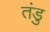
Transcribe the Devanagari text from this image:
तंडु